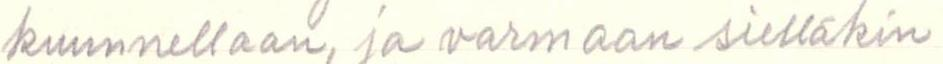
kuunnellaan, ja varmaan sielläkin